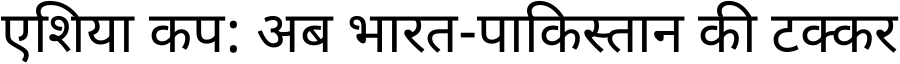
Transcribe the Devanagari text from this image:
एशिया कप: अब भारत-पाकिस्तान की टक्कर